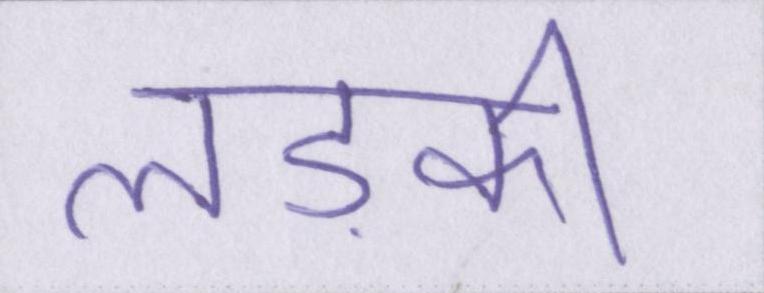
लड़की